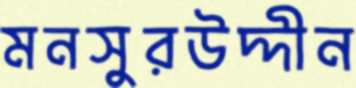
মনসুরউদ্দীন